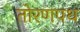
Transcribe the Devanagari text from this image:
तोरणपथ